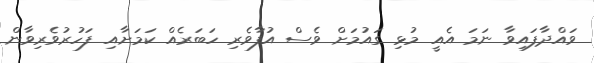
ވައްދާފައިވާ ނަމަ އެއީ މުޅި ގައުމަށް ވެސް އުފާވެރި ހަބަރެއް ކަމަށާއި ފަހުރުވެރިވާން